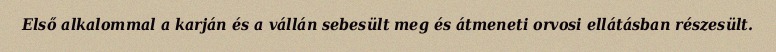
Első alkalommal a karján és a vállán sebesült meg és átmeneti orvosi ellátásban részesült.